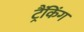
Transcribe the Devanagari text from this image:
ट्रैंकिंग